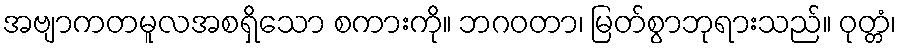
အဗျာကတမူလအစရှိသော စကားကို။ ဘဂဝတာ၊ မြတ်စွာဘုရားသည်။ ဝုတ္တံ၊